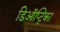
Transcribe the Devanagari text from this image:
डिऑप्ट्रिका